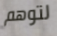
لتوهم